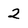
Character: 2